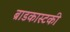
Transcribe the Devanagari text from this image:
ब्राडकास्टकी